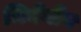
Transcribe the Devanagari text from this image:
जियेंगोंग